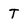
Character: T